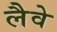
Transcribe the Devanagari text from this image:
लैवे